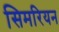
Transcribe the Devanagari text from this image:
सिमरियन